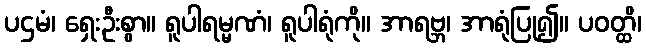
ပဌမံ၊ ရှေးဦးစွာ။ ရူပါရမ္မဏံ၊ ရူပါရုံကို။ အာရဗ္ဘ၊ အာရုံပြု၍။ ပဝတ္ထိ၊